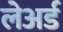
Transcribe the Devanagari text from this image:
लेअर्ड